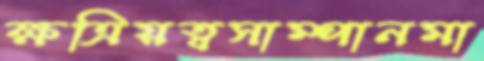
ক্ষত্রিয়ত্বসাম্পানমা